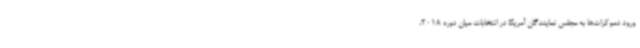
ورود دموکرات‌ها به مجلس نمایندگان آمریکا در انتخابات میان دوره 2018،